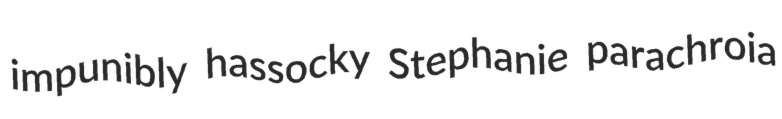
impunibly hassocky Stephanie parachroia